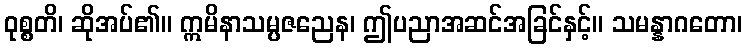
ဝုစ္စတိ၊ ဆိုအပ်၏။ ဣမိနာသမ္ပဇညေန၊ ဤပညာအဆင်အခြင်နှင့်။ သမန္နာဂတော၊